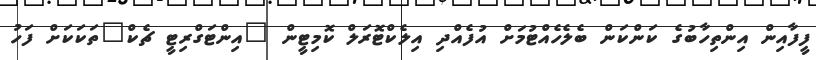
ފީފާއިން އިންތިހާބުގެ ކަންކަން ބެލެހެއްޓުމަށް އުފެއްދި އިލެކްޓޮރަލް ކޮމިޓީން "އިންޓަގްރިޓީ ޗެކް"ތަކަކަށް ފަހު